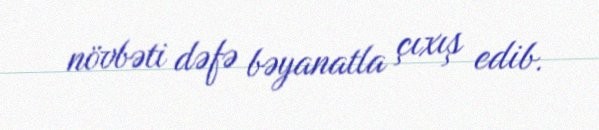
növbəti dəfə bəyanatla çıxış edib.